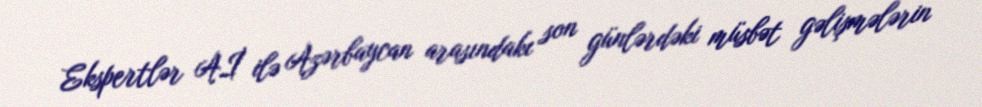
Ekspertlər Aİ ilə Azərbaycan arasındakı son günlərdəki müsbət gəlişmələrin